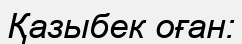
Қазыбек оған: